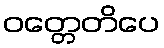
ဝတ္တေတိပေ